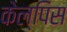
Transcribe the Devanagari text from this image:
केल्पिस